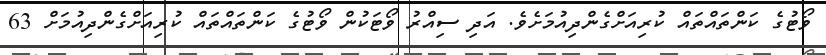
ވޯޓުގެ ކަންތައްތައް ކުރިއަށްގެންދިއުމަށެވެ. އަދި ސިއްރު ވޯޓަކުން ވޯޓުގެ ކަންތައްތައް ކުރިއަށްގެންދިއުމަށް 63